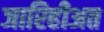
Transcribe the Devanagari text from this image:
जारिहीअत